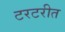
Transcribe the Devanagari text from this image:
टरटरीत